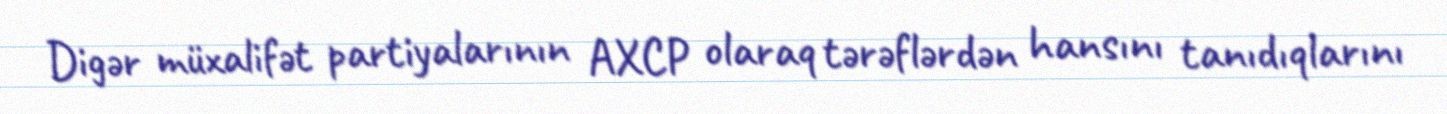
Digər müxalifət partiyalarının AXCP olaraq tərəflərdən hansını tanıdıqlarını